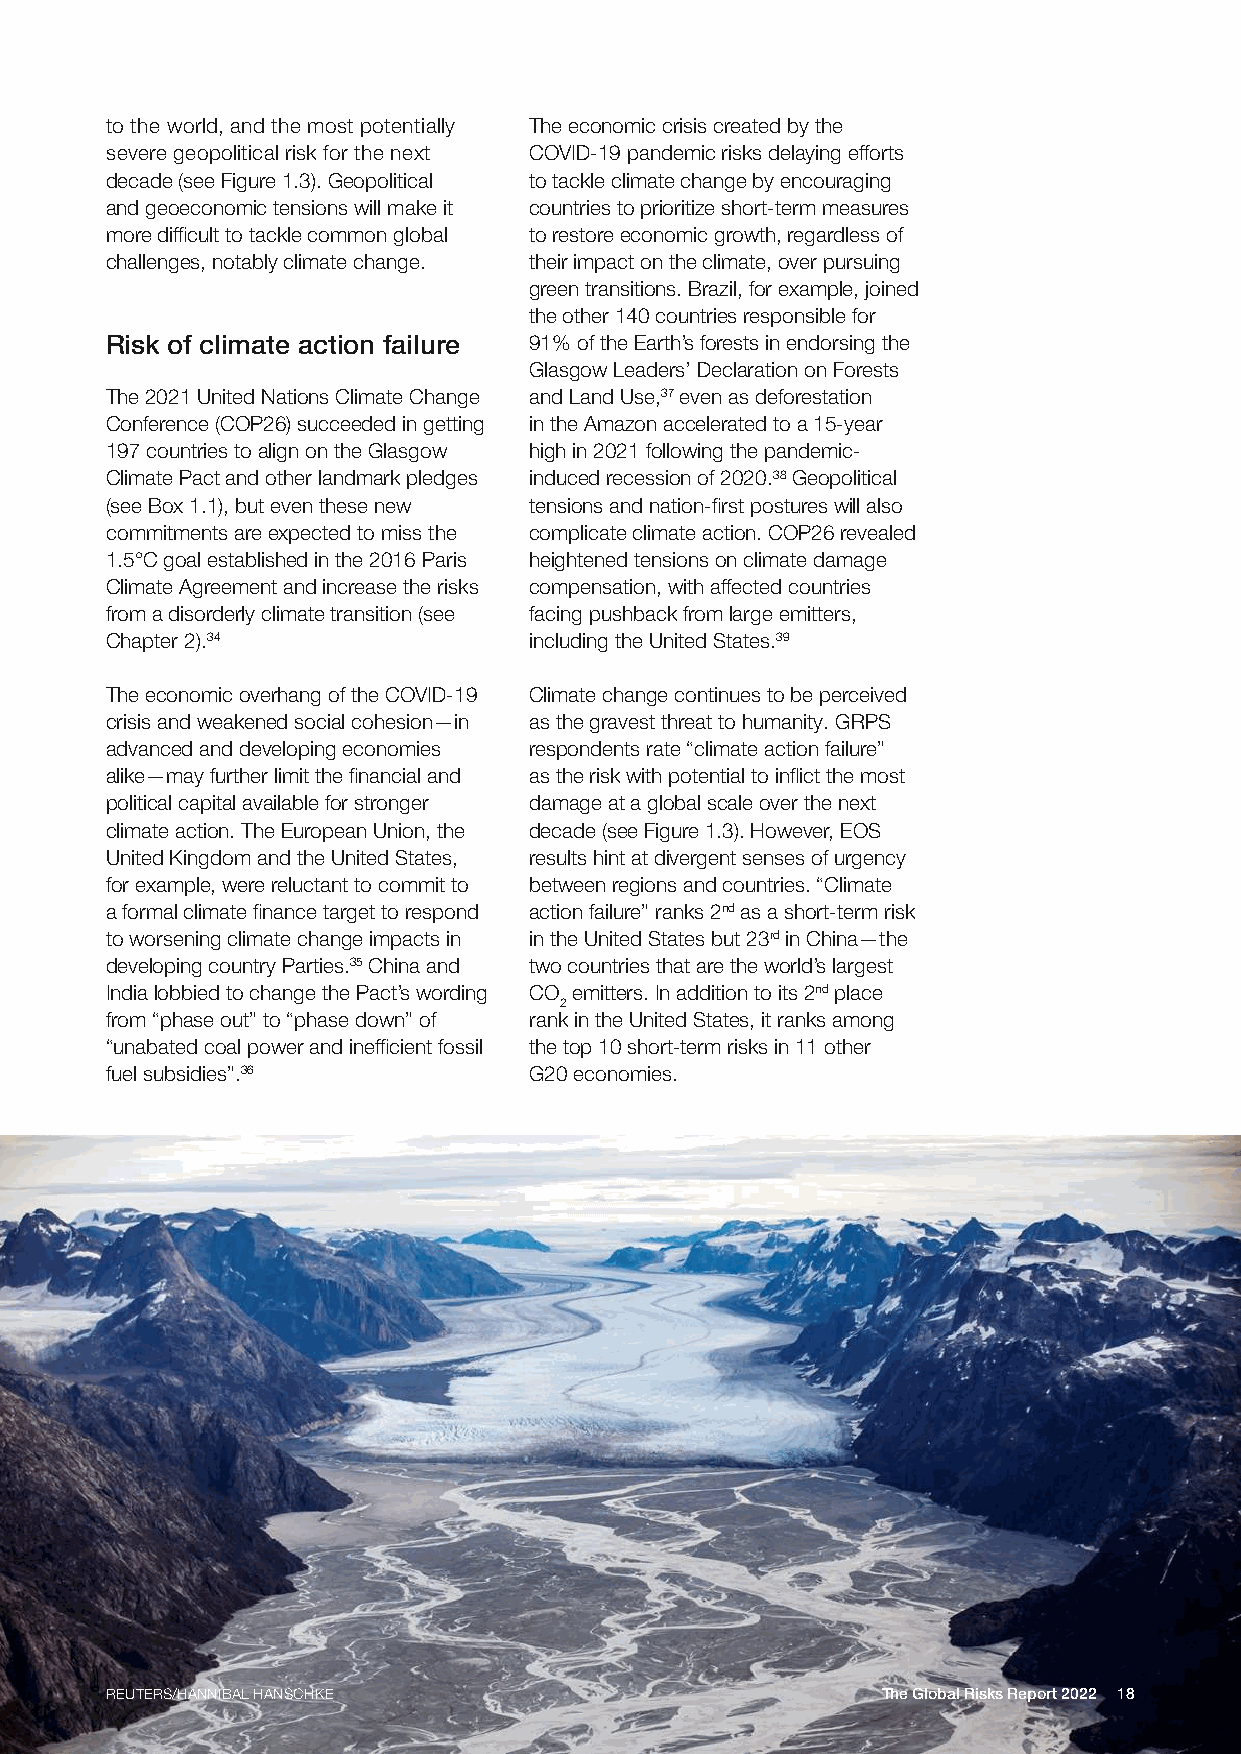
to the world, and the most potentially The economic crisis created by the
 severe geopolitical risk for the next COVID-19 pandemic risks delaying efforts
 decade (see Figure 1.3). Geopolitical to tackle climate change by encouraging
 and geoeconomic tensions will make it countries to prioritize short-term measures
 more difficult to tackle common global to restore economic growth, regardless of
 challenges, notably climate change. their impact on the climate, over pursuing
 green transitions. Brazil, for example, joined
 the other 140 countries responsible for
 Risk of climate action failure 91% of the Earth’s forests in endorsing the
 Glasgow Leaders’ Declaration on Forests
 The 2021 United Nations Climate Change and Land Use,37 even as deforestation
 Conference (COP26) succeeded in getting in the Amazon accelerated to a 15-year
 197 countries to align on the Glasgow high in 2021 following the pandemic-
 Climate Pact and other landmark pledges induced recession of 2020.38 Geopolitical
 (see Box 1.1), but even these new tensions and nation-first postures will also
 commitments are expected to miss the complicate climate action. COP26 revealed
 1.5°C goal established in the 2016 Paris heightened tensions on climate damage
 Climate Agreement and increase the risks compensation, with affected countries
 from a disorderly climate transition (see facing pushback from large emitters,
 Chapter 2).34               including the United States.39
 The economic overhang of the COVID-19 Climate change continues to be perceived
 crisis and weakened social cohesion—in as the gravest threat to humanity. GRPS
 advanced and developing economies respondents rate “climate action failure”
 alike—may further limit the financial and as the risk with potential to inflict the most
 political capital available for stronger damage at a global scale over the next
 climate action. The European Union, the decade (see Figure 1.3). However, EOS
 United Kingdom and the United States, results hint at divergent senses of urgency
 for example, were reluctant to commit to between regions and countries. “Climate
 a formal climate finance target to respond action failure” ranks 2nd as a short-term risk
 to worsening climate change impacts in in the United States but 23rd in China—the
 developing country Parties.35 China and two countries that are the world’s largest
 India lobbied to change the Pact’s wording CO emitters. In addition to its 2nd place
 2
 from “phase out” to “phase down” of rank in the United States, it ranks among
 “unabated coal power and inefficient fossil the top 10 short-term risks in 11 other
 fuel subsidies”.36          G20 economies.
 REUTERS/HANNIBAL HANSCHKE                          The Global Risks Report 2022 18